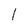
Character: l